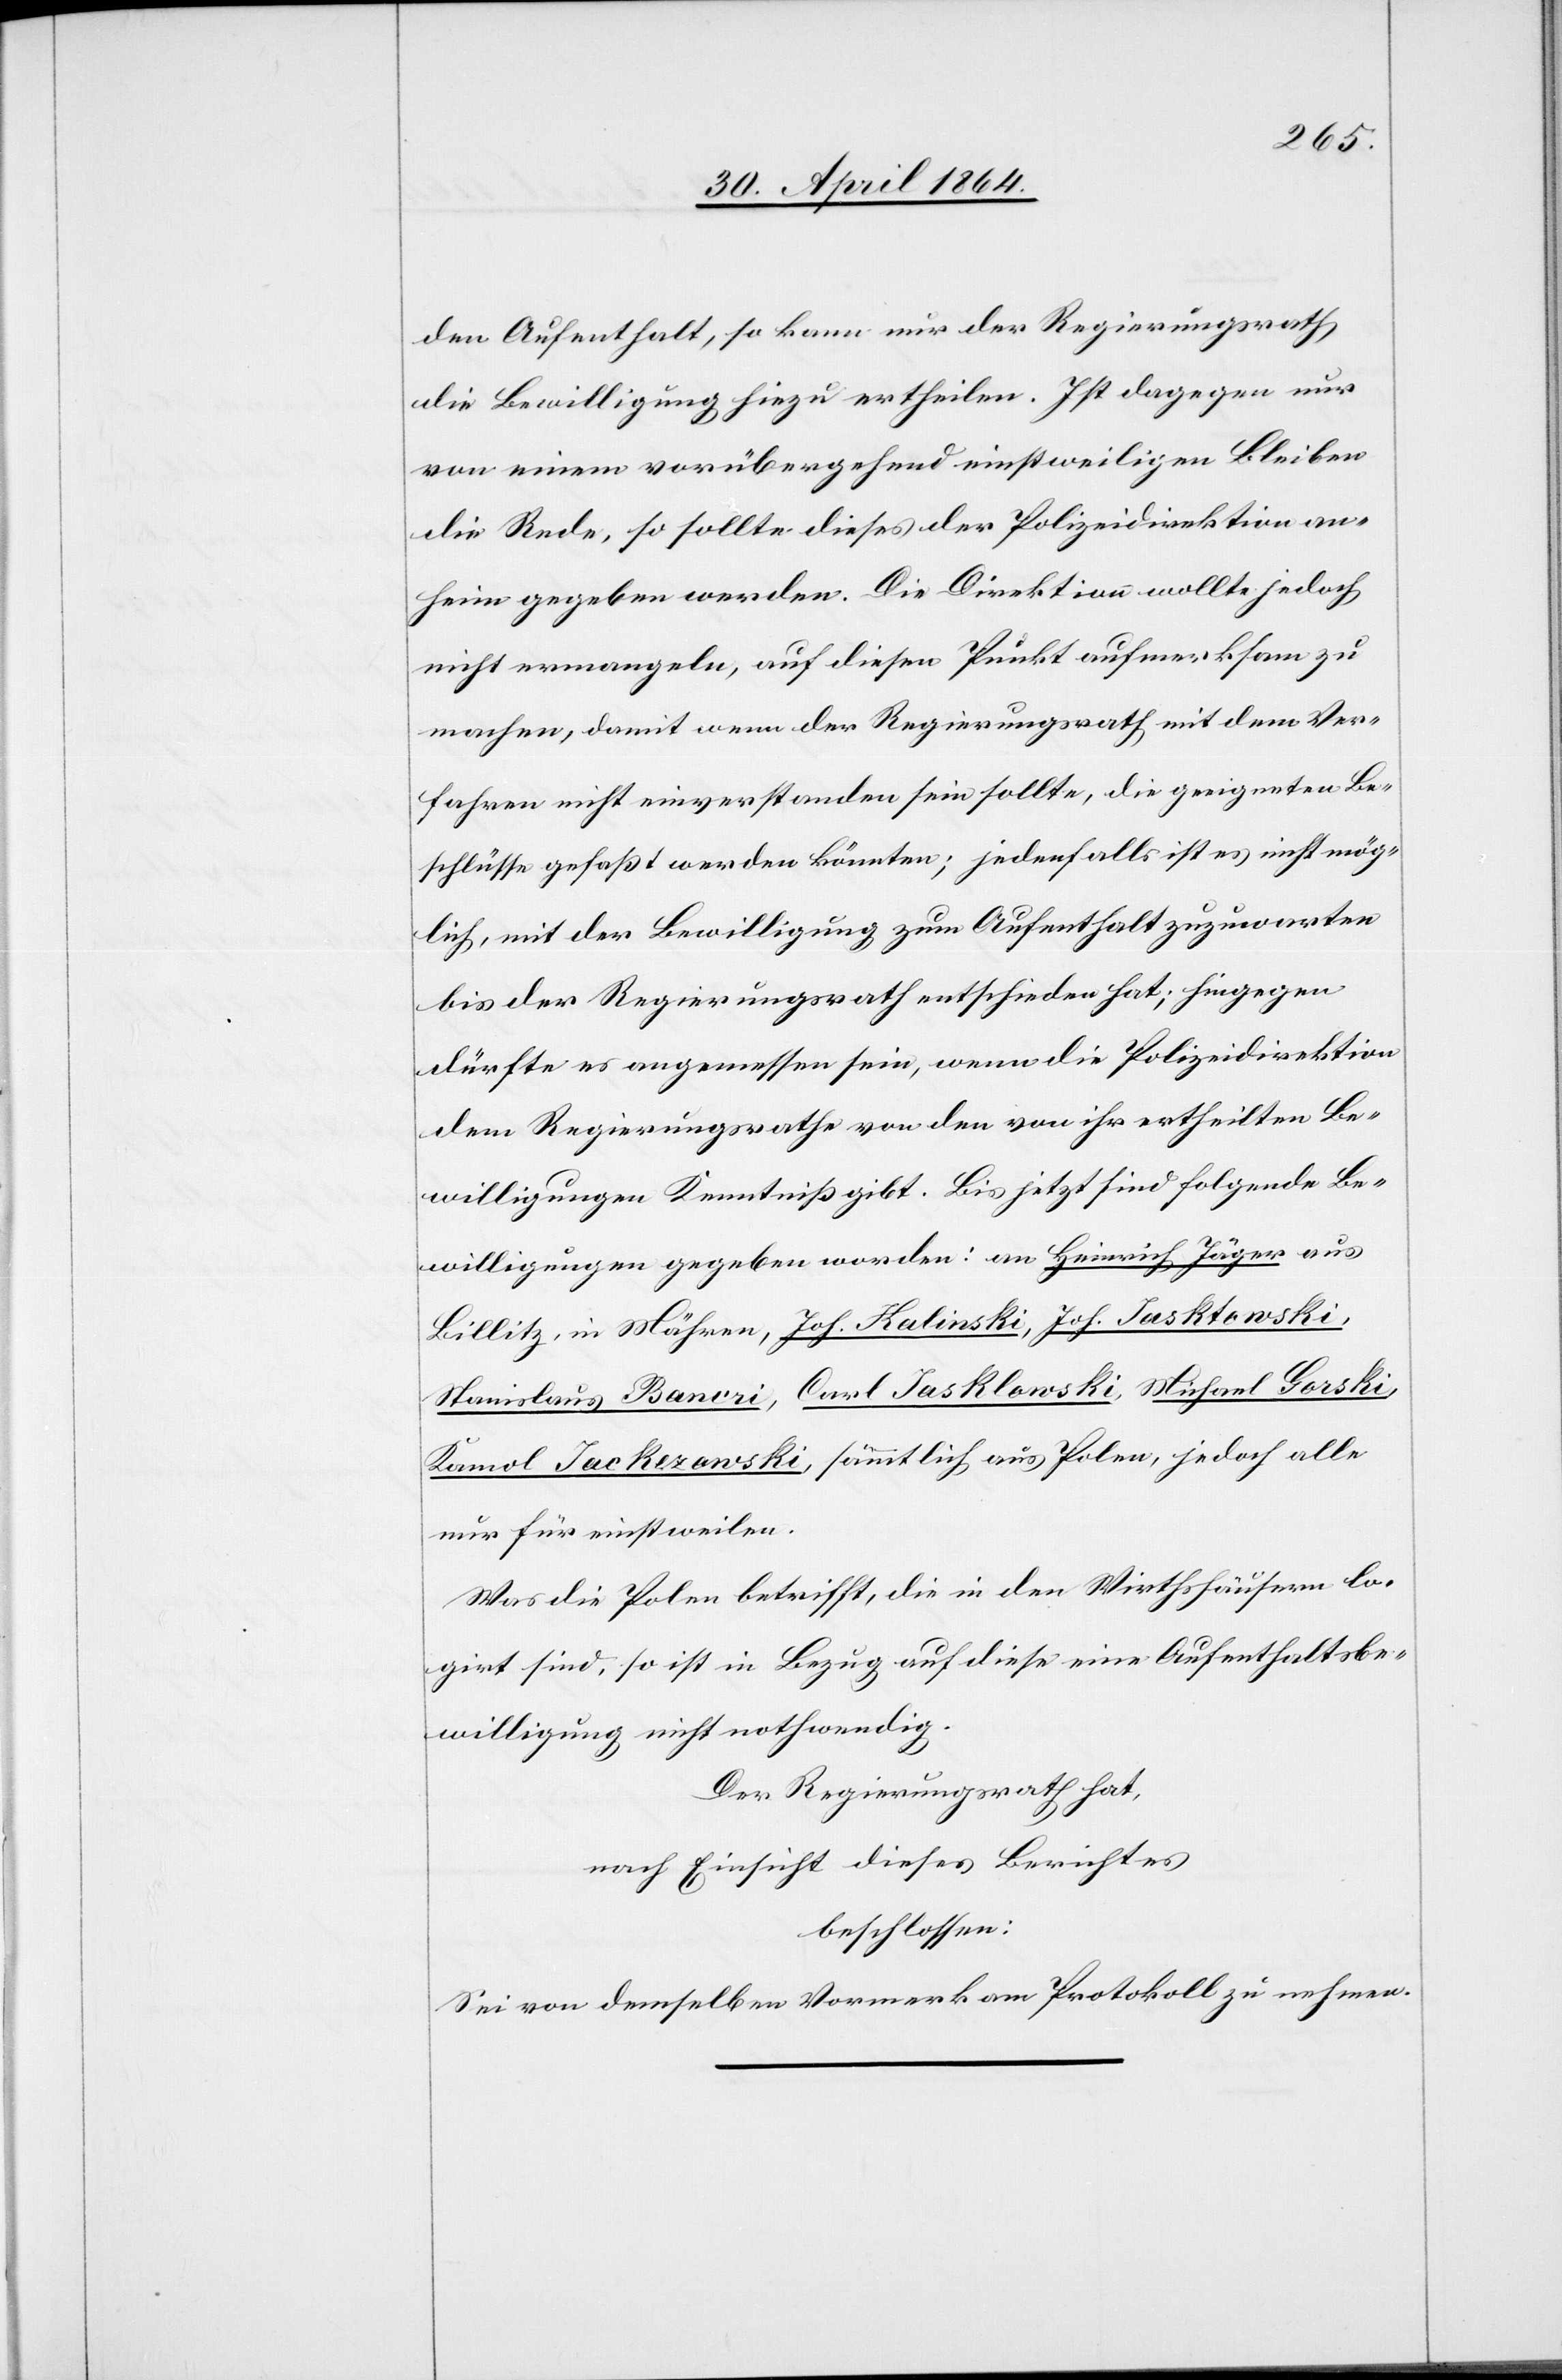
den Aufenthalt, so kann nur der Regierungsrathe
die Bewilligung hiezu ertheilen. Ist dagegen nur
von einem vorübergehend einstweiligen Bleiben
die Rede, so sollte dieses der Polizeidirektion an¬
heim gegeben werden. Die Direktion wollte jedoch
nicht ermangeln, auf diesen Punkt aufmerksam zu
machen, damit wenn der Regierungsrath mit dem Ver¬
fahren nicht einverstanden sein sollte, die geeigneten Be¬
schlüsse gefaßt werden könnten; jedenfalls ist es nicht mög¬
lich, mit der Bewilligung zum Aufenthalt zuzuwarten
bis der Regierungsrath entschieden hat; hiegegen
dürfte es angemessen sein, wenn die Polizeidirektion
dem Regierungsrathe von den von ihr ertheilten Be¬
willigungen Kenntniß gibt. Bis jetzt sind folgende Be¬
willigungen gegeben worden: an Heinrich Jäger aus
Billitz, in Mähren, Joh. Kalinski, Joh. Jasktowski,
Stanislaus Bancri, Carl Jasklowski, Michael Gorski,
Kamol Jackezanski, sämmtlich aus Polen, jedoch alle
nur für einstweilen.
Was die Polen betrifft, die in den Wirthshäusern lo¬
girt sind, so ist in Bezug auf diese eine Aufenthaltbe¬
willigung nicht nothwendig.
Der Regierungsrath hat,
nach Einsicht dieses Berichtes
beschlossen:
Sei von demselben Vormerk am Protokoll zu nehmen.